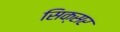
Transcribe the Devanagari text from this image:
सिक्सर